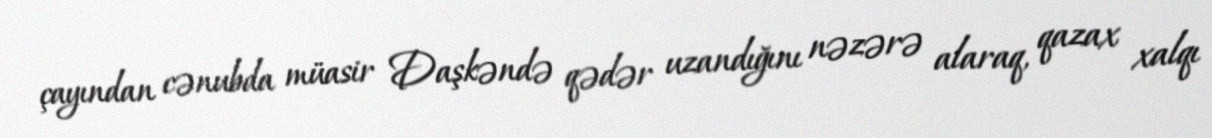
çayından cənubda müasir Daşkəndə qədər uzandığını nəzərə alaraq, qazax xalqı